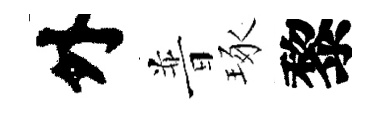
外普琢黎